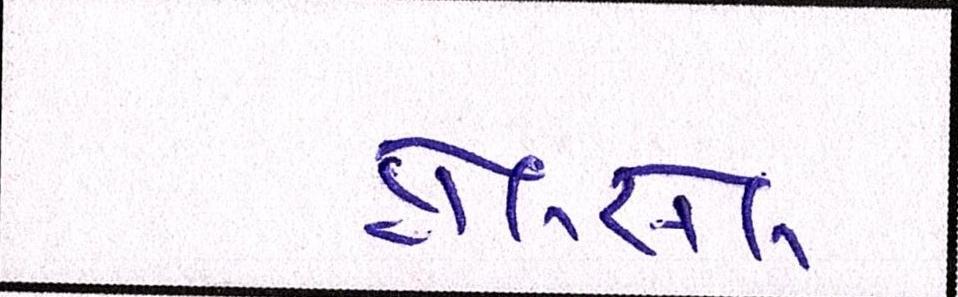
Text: હોલસેલ